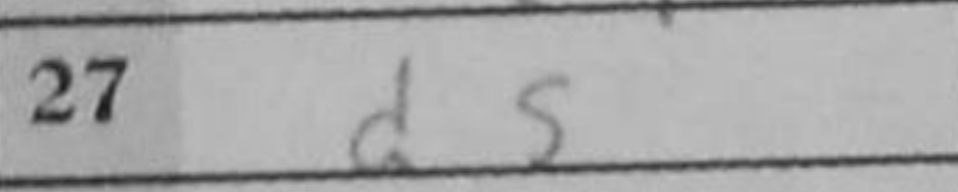
Transcription: d5